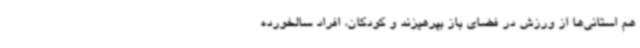
هم استانی‌ها از ورزش در فضای باز بپرهیزند و کودکان، افراد سالخورده